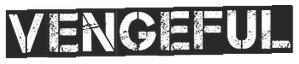
VENGEFUL